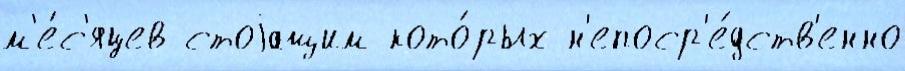
м'е́с'яцев стоjащим кото́рых н'епоср'е́дств'енно